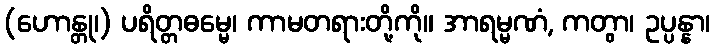
(ဟောန္တု၊) ပရိတ္တဓမ္မေ၊ ကာမတရားတို့ကို။ အာရမ္မဏံ, ကတွာ၊ ဥပ္ပန္နာ၊